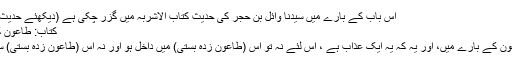
اس باب کے بارے میں سیدنا وائل بن حجرؓ کی حدیث کتاب الاشربہ میں گزر چکی ہے (دیکھئے حدیث: 1279)
کتاب: طاعون کے متعلق
باب : طاعون کے بارے میں، اور یہ کہ یہ ایک عذاب ہے ، اس لئے نہ تو اس (طاعون زدہ بستی) میں داخل ہو اور نہ اس (طاعون زدہ بستی) سے بھاگو۔